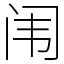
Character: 闱